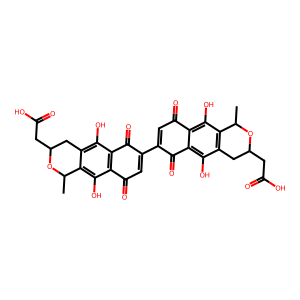
SMILES: CC1OC(CC(=O)O)Cc2c(O)c3c(c(O)c21)C(=O)C=C(C1=CC(=O)c2c(O)c4c(c(O)c2C1=O)CC(CC(=O)O)OC4C)C3=O
Inhibits HIV replication: No